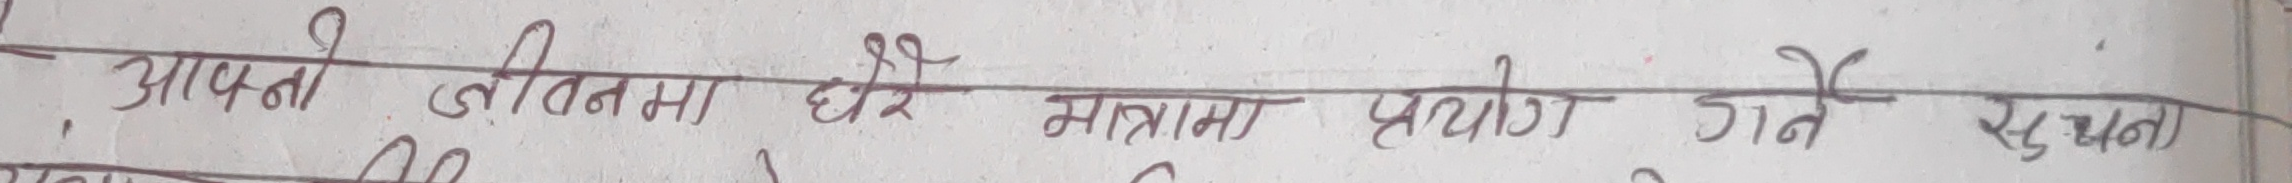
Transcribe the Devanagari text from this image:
आपनी जीवनमा धेरै मात्रामा प्रयोग गर्ने सुझाव